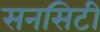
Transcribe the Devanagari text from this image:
सनसिटी